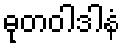
ဓုတဝါဒါနံ